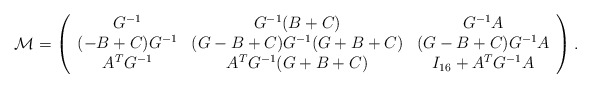
\begin{align*}{\cal M} = \left( \begin{array}{ccc} G^{-1} & G^{-1} (B + C) & G^{-1} A\\ (-B + C) G ^{-1} & (G - B + C) G^{-1} (G + B + C) & (G - B +C) G^{-1} A \\ A^T G^{-1} & A^T G^{-1} (G + B + C) & I_{16} + A^TG^{-1} A \end{array} \right).\end{align*}